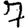
Digit: 7